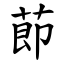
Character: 莭